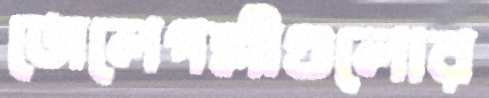
জেলেপল্লীগুলোর